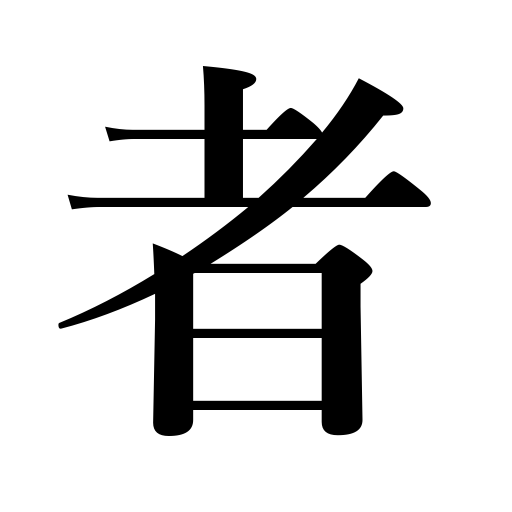
Meanings: somebody,person,thing